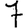
Digit: 7